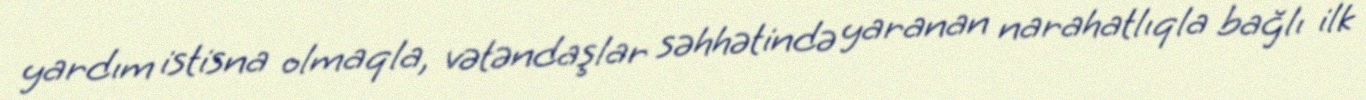
yardım istisna olmaqla, vətəndaşlar səhhətində yaranan narahatlıqla bağlı ilk